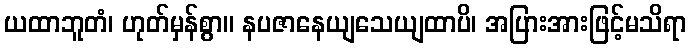
ယထာဘူတံ၊ ဟုတ်မှန်စွာ။ နပဇာနေယျသေယျထာပိ၊ အပြားအားဖြင့်မသိရာ